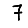
Digit: 7